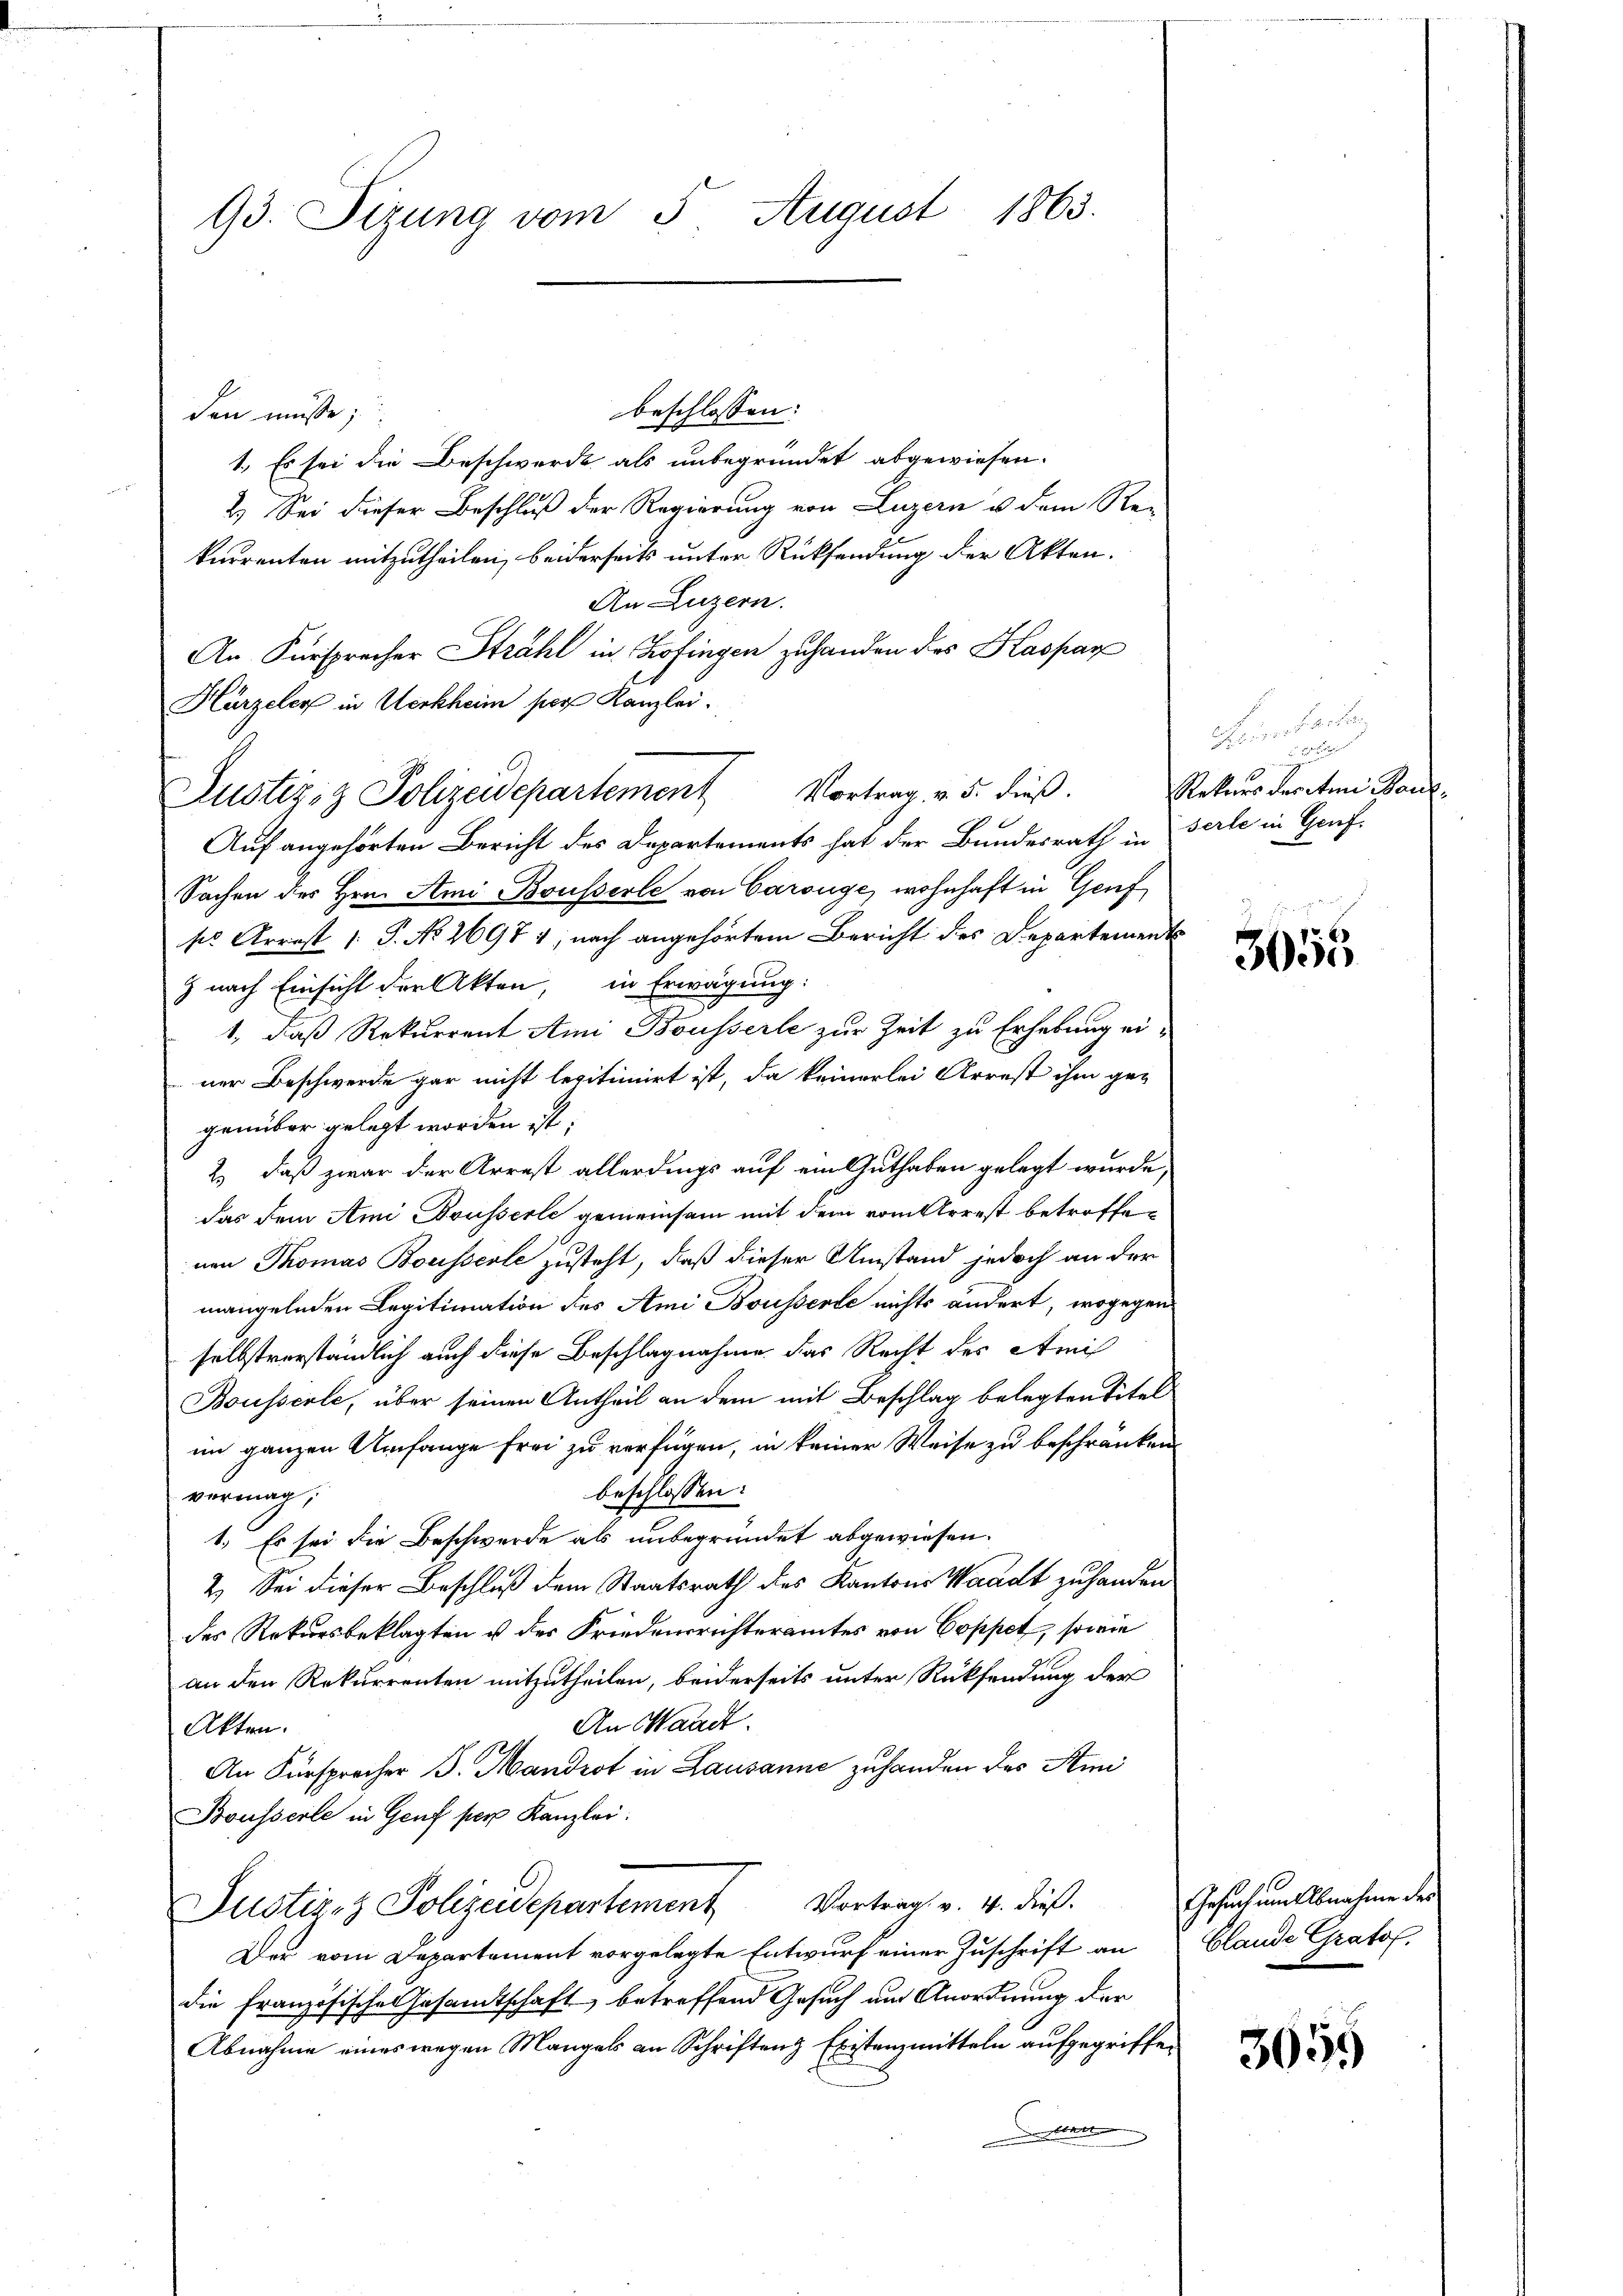
93. Sizung vom 5 August 1863.

beschlossen:
den müsse;
1.) Es sei die Beschwerde als unbegründet abgewiesen.
2.) Sei dieser Beschluß der Regierung von Luzern u dem Re-
kurrenten mitzutheilen, beiderseits unter Rücksendung der Akten.
An Luzern.
An Fürsprecher Strahl in Zofingen zuhanden des Kaspar
Hürzeler in Werkheim per Kanzlei.
Auf angehörten Bericht des Departements hat der Bundesrath in Verle in Genf
Sachen des Hrn. Ami Bousserle von Carouge, wohnhaft in Genf
ss Arrest /: P. No 2697 1; nach angehörtem Bericht des Departements
9 nach Einsicht der Akten, in Erwägung:
1., daß Rekurrent Ami Bousserle zur Zeit zu Erhebung einer Beschwerde gar nicht legitimiert ist, da keinerlei Arrest ihm ge-
genüber gelegt worden ist;
2.) daß zwar der Arrest allerdings auf ein Guthaben gelegt wurde,
das dem Ami Dousserle gemeinsam mit dem vom Arrest betroffenen Thomas Bousserle zusteht, daß dieser Umstand jedoch an der
mangelnden Legitimation des Ami Bousserte nichts ändert, wogegen
selbstverständlich auch diese Beschlagnahme das Recht des Amis
Bousserle, über seinen Antheil an dem mit Beschlag belegten Titel
im ganzen Umfange frei zu verfügen, in keiner Weise zu beschränken.
beschlossen:
vermag,
1. Es sei die Beschwerde als unbegründet abgewiesen.
2.) Sei dieser Beschluß dem Staatsrath des Kantons Waadt zu handen
des Rekursbeklagten u der Friedensrichteramtes von Coppet, sowie
an den Rekurrenten mitzutheilen, beiderseits unter Rücksendung der
An Waadt.
Akten.
An Fürsprocher B. Mandrot in Lausanne zuhanden des Ami
Bousserle in Genf per Kanzlei.
Justiz- & Polizeidepartement Vortrag v. 4. dieß.
Der vom Departement vorgelegte Entwurf einer Zuschrift an
die Französisches Gesamtschaft betreffend Gesuch um Anordnung der
Abnahme eines wegen Mangels an Schriften Existenzmitteln aufgegriffen
re

Justiz- & Polizeidepartement Vortrag v. 5. dieß.

Feinheiten
u
n
Rekurs deraten Bau¬

3055

Gesuch um Abnahme des
blande Gratol.

1
300